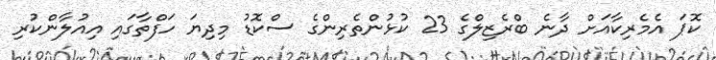
ކޮޕަ އެމެރިކާއަށް ދާނެ ބްރެޒިލްގެ 23 ކުޅުންތެރިންގެ ސްކޮޑު މިދިޔަ ހަފްތާގައި އިއުލާންކުރި